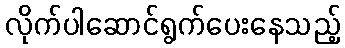
လိုက်ပါဆောင်ရွက်ပေးနေသည့်